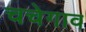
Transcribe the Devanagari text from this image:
चचेगाव